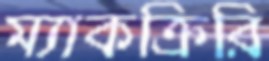
ম্যাকক্রিরি